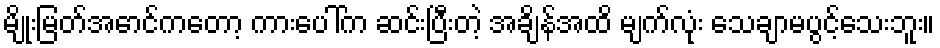
မျိုးမြတ်အောင်ကတော့ ကားပေါ်က ဆင်းပြီးတဲ့ အချိန်အထိ မျက်လုံး သေချာမပွင့်သေးဘူး။